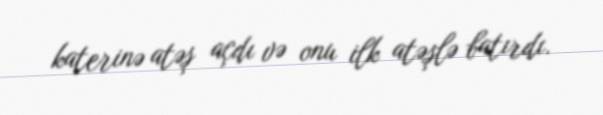
katerinə atəş açdı və onu ilk atəşlə batırdı.